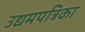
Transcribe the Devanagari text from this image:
उद्यमपत्रिका